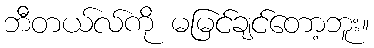
ဘီတယ်လ်ကို မမြင်ချင်တော့ဘူး။